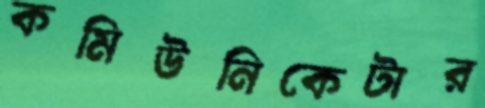
কমিউনিকেটার